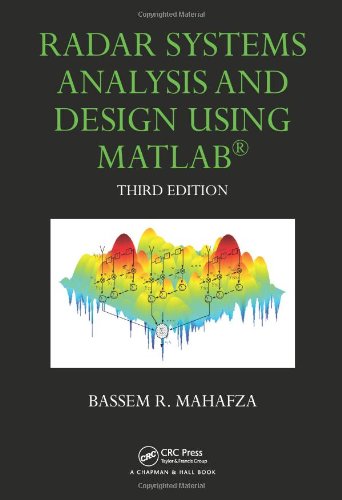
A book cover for Radar Systems Analysis and Design Using MATLAB Third Edition; Bassem R. Mahafza; Business & Money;